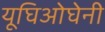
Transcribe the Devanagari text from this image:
यूघिओघेनी